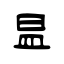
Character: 昷